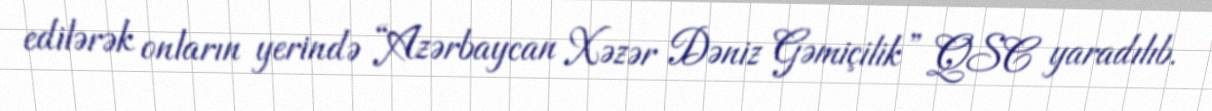
edilərək onların yerində “Azərbaycan Xəzər Dəniz Gəmiçilik” QSC yaradılıb.